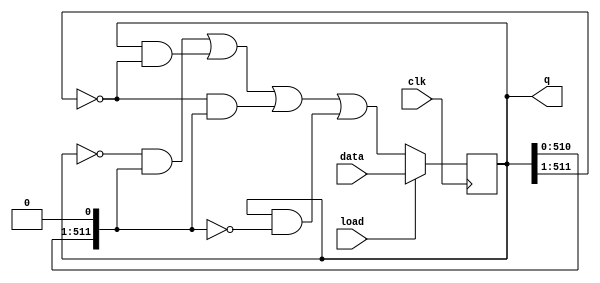
//2022_11_2 kerong
//Rule 110
module top_module(
    input clk,
    input load,
    input [511:0] data,
    output reg [511:0] q
); 

always @(posedge clk)begin
    if(load)begin
        q <= data;
    end
    else begin
        q <= ~q & {q[510:0],1'b0} |
        q & ~ {1'b0,q[511:1]}|
        ~ {1'b0,q[511:1]} & {q[510:0],1'b0}|
        q & ~{q[510:0],1'b0};
    end
end

endmodule